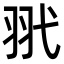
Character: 𦏵